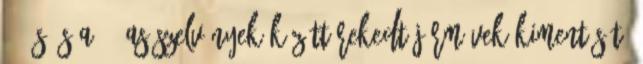
65-ös és a 83-as szelvények között rekedt járművek kimentését.